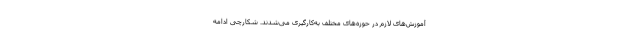
آموزش‌های لازم در حوزه‌های مختلف به‌کارگیری می‌شدند. شکارچی ادامه